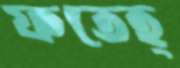
ফতেহ্